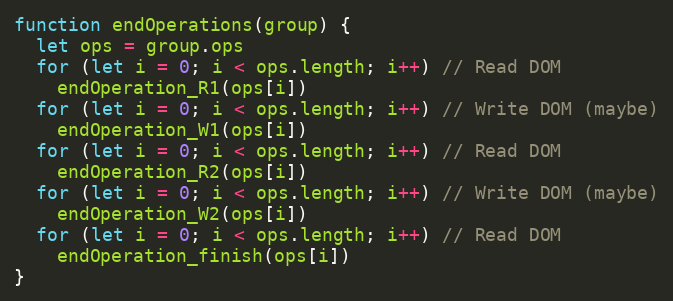
Language: JavaScript
function endOperations(group) {
  let ops = group.ops
  for (let i = 0; i < ops.length; i++) // Read DOM
    endOperation_R1(ops[i])
  for (let i = 0; i < ops.length; i++) // Write DOM (maybe)
    endOperation_W1(ops[i])
  for (let i = 0; i < ops.length; i++) // Read DOM
    endOperation_R2(ops[i])
  for (let i = 0; i < ops.length; i++) // Write DOM (maybe)
    endOperation_W2(ops[i])
  for (let i = 0; i < ops.length; i++) // Read DOM
    endOperation_finish(ops[i])
}